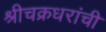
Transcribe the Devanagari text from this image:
श्रीचक्रधरांची